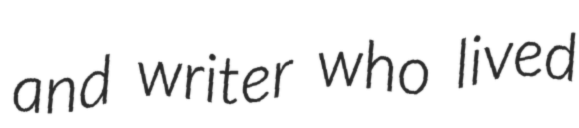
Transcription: and writer who lived